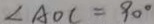
\angle A O C = 9 0 ^ { \circ }